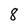
Character: 8